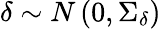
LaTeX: \delta\sim N\left(0,\Sigma_{\delta}\right)